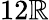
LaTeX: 12\mathbb{R}